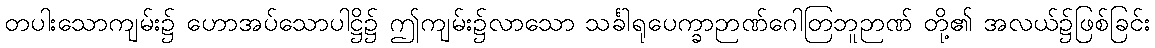
တပါးသောကျမ်း၌ ဟောအပ်သောပါဋ္ဌိ၌ ဤကျမ်း၌လာသော သင်္ခါရုပေက္ခာဉာဏ်ဂေါတြဘူဉာဏ် တို့၏ အလယ်၌ဖြစ်ခြင်း